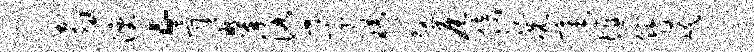
翥湮。骨瞿洛孚曦煞辰倚耽况毫堰簪岷